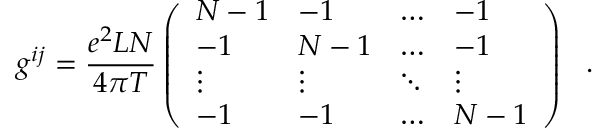
g ^ { i j } = \frac { e ^ { 2 } L N } { 4 \pi T } \left( \begin{array} { l l l l } { { N - 1 } } & { { - 1 } } & { { \ldots } } & { { - 1 } } \\ { { - 1 } } & { { N - 1 } } & { { \ldots } } & { { - 1 } } \\ { { \vdots } } & { { \vdots } } & { { \ddots } } & { { \vdots } } \\ { { - 1 } } & { { - 1 } } & { { \ldots } } & { { N - 1 } } \end{array} \right) \ \ .